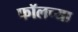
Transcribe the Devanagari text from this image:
फॉलच्या